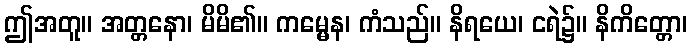
ဤအတူ။ အတ္တနော၊ မိမိ၏။ ကမ္မေန၊ ကံသည်။ နိရယေ၊ ငရဲ၌။ နိကိတ္တော၊